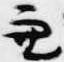
兼